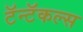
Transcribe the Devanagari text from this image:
टॅन्टॅकल्स